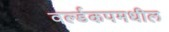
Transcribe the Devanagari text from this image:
वर्ल्डकपमधील